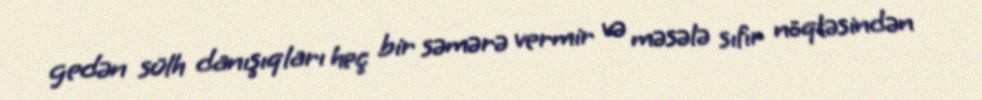
gedən sülh danışıqları heç bir səmərə vermir və məsələ sıfır nöqtəsindən